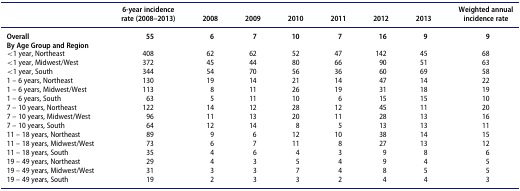
|  | 6-year incidence rate (2008–2013) | 2008 | 2009 | 2010 | 2011 | 2012 | 2013 | Weighted annual incidence rate |
 | --- | --- | --- | --- | --- | --- | --- | --- | --- |
 | Overall | 55 | 6 | 7 | 10 | 7 | 16 | 9 | 9 |
 | By Age Group and Region |  |  |  |  |  |  |  |  |
 | <1 year, Northeast | 408 | 62 | 62 | 52 | 47 | 142 | 45 | 68 |
 | <1 year, Midwest/West | 372 | 45 | 44 | 80 | 66 | 90 | 51 | 63 |
 | <1 year, South | 344 | 54 | 70 | 56 | 36 | 60 | 69 | 58 |
 | 1 – 6 years, Northeast | 130 | 19 | 14 | 21 | 14 | 47 | 14 | 22 |
 | 1 – 6 years, Midwest/West | 113 | 8 | 11 | 26 | 19 | 31 | 18 | 19 |
 | 1 – 6 years, South | 63 | 5 | 11 | 10 | 6 | 15 | 15 | 10 |
 | 7 – 10 years, Northeast | 122 | 14 | 12 | 28 | 12 | 45 | 11 | 20 |
 | 7 – 10 years, Midwest/West | 96 | 11 | 13 | 20 | 11 | 28 | 13 | 16 |
 | 7 – 10 years, South | 64 | 12 | 14 | 8 | 5 | 13 | 13 | 11 |
 | 11 – 18 years, Northeast | 89 | 9 | 6 | 12 | 10 | 38 | 14 | 15 |
 | 11 – 18 years, Midwest/West | 73 | 6 | 7 | 11 | 8 | 27 | 13 | 12 |
 | 11 – 18 years, South | 35 | 4 | 6 | 4 | 3 | 9 | 8 | 6 |
 | 19 – 49 years, Northeast | 29 | 4 | 3 | 5 | 4 | 9 | 4 | 5 |
 | 19 – 49 years, Midwest/West | 31 | 3 | 3 | 7 | 4 | 8 | 5 | 5 |
 | 19 – 49 years, South | 19 | 2 | 3 | 3 | 2 | 4 | 4 | 3 |